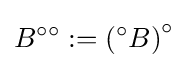
B^{\circ \circ }:=\left({}^{\circ }B\right)^{\circ }